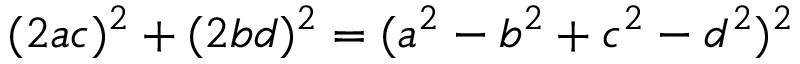
( 2 a c ) ^ { 2 } + ( 2 b d ) ^ { 2 } = ( a ^ { 2 } - b ^ { 2 } + c ^ { 2 } - d ^ { 2 } ) ^ { 2 }